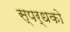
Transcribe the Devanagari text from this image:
स्पर्धको